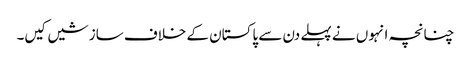
چنانچہ انہوں نے پہلے دن سے پاکستان کے خلاف سازشیں کیں۔